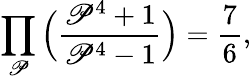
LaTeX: \prod_{\mathscr{P}}{\Big(}{\frac{{\mathscr{P}^{4}+1}}{{\mathscr{P}^{4}-1}}}{\Big)}={\frac{{7}}{{6}}},